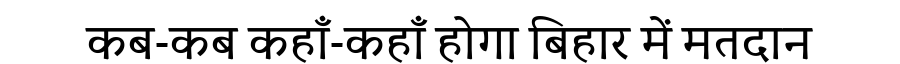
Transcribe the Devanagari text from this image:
कब-कब कहाँ-कहाँ होगा बिहार में मतदान